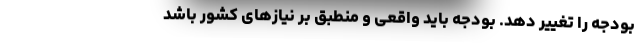
بودجه را تغییر دهد. بودجه باید واقعی و منطبق بر نیازهای کشور باشد